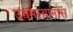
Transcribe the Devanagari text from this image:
उगमस्थानास